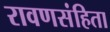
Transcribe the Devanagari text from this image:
रावणसंहिता